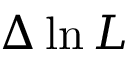
\Delta \ln { \cal L }